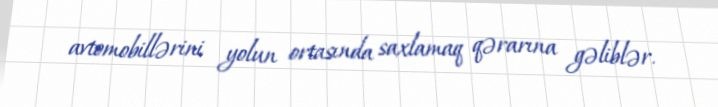
avtomobillərini yolun ortasında saxlamaq qərarına gəliblər.